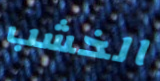
الخشب